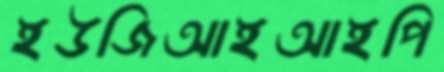
ইউজিআইআইপি